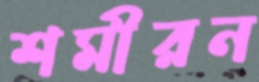
শমীরন